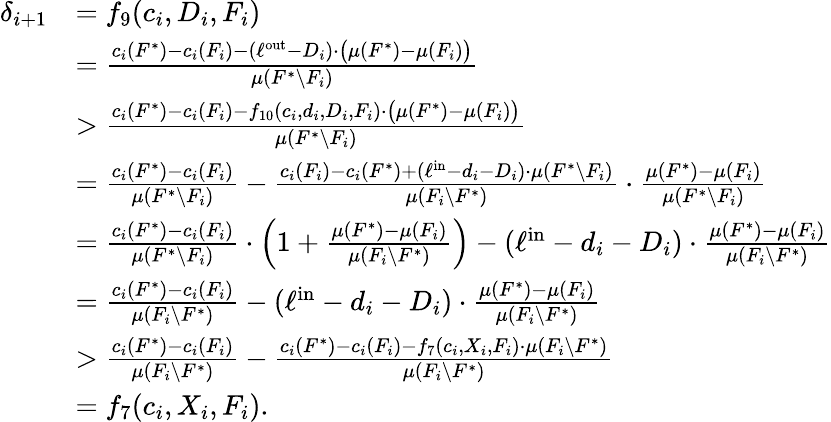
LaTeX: \begin{array}{rl}{\delta_{i+1}}&{=f_{9}(c_{i},D_{i},F_{i})}\\ {}&{=\frac{c_{i}(F^{*})-c_{i}(F_{i})-(\ell^{\mathrm{out}}-D_{i})\cdot\big(\mu(F^{*})-\mu(F_{i})\big)}{\mu(F^{*}\setminus F_{i})}}\\ {}&{>\frac{c_{i}(F^{*})-c_{i}(F_{i})-f_{10}(c_{i},d_{i},D_{i},F_{i})\cdot\big(\mu(F^{*})-\mu(F_{i})\big)}{\mu(F^{*}\setminus F_{i})}}\\ {}&{=\frac{c_{i}(F^{*})-c_{i}(F_{i})}{\mu(F^{*}\setminus F_{i})}-\frac{c_{i}(F_{i})-c_{i}(F^{*})+(\ell^{\mathrm{in}}-d_{i}-D_{i})\cdot\mu(F^{*}\setminus F_{i})}{\mu(F_{i}\setminus F^{*})}\cdot\frac{\mu(F^{*})-\mu(F_{i})}{\mu(F^{*}\setminus F_{i})}}\\ {}&{=\frac{c_{i}(F^{*})-c_{i}(F_{i})}{\mu(F^{*}\setminus F_{i})}\cdot\left(1+\frac{\mu(F^{*})-\mu(F_{i})}{\mu(F_{i}\setminus F^{*})}\right)-(\ell^{\mathrm{in}}-d_{i}-D_{i})\cdot\frac{\mu(F^{*})-\mu(F_{i})}{\mu(F_{i}\setminus F^{*})}}\\ {}&{=\frac{c_{i}(F^{*})-c_{i}(F_{i})}{\mu(F_{i}\setminus F^{*})}-(\ell^{\mathrm{in}}-d_{i}-D_{i})\cdot\frac{\mu(F^{*})-\mu(F_{i})}{\mu(F_{i}\setminus F^{*})}}\\ {}&{>\frac{c_{i}(F^{*})-c_{i}(F_{i})}{\mu(F_{i}\setminus F^{*})}-\frac{c_{i}(F^{*})-c_{i}(F_{i})-f_{7}(c_{i},X_{i},F_{i})\cdot\mu(F_{i}\setminus F^{*})}{\mu(F_{i}\setminus F^{*})}}\\ {}&{=f_{7}(c_{i},X_{i},F_{i}).}\end{array}